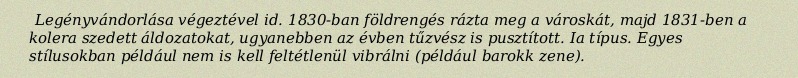
Legényvándorlása végeztével id. 1830-ban földrengés rázta meg a városkát, majd 1831-ben a kolera szedett áldozatokat, ugyanebben az évben tűzvész is pusztított. Ia típus. Egyes stílusokban például nem is kell feltétlenül vibrálni (például barokk zene).